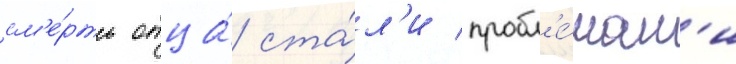
см'е́рть отца́ ста́л'и пробл'е́мам'и